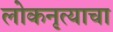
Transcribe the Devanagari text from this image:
लोकनृत्याचा